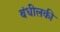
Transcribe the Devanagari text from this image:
बंधीलकी